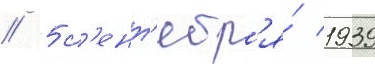
// 5 с'ент'ябр'я́ 1939